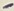
Text: -